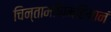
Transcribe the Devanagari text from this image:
चिन्तामणिमहिमानं